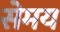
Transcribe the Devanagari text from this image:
सेमय